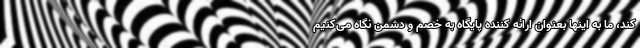
کند، ما به اینها بعنوان ارائه کننده پایگاه به خصم و دشمن نگاه می‌کنیم